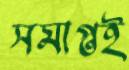
সমাপ্তই